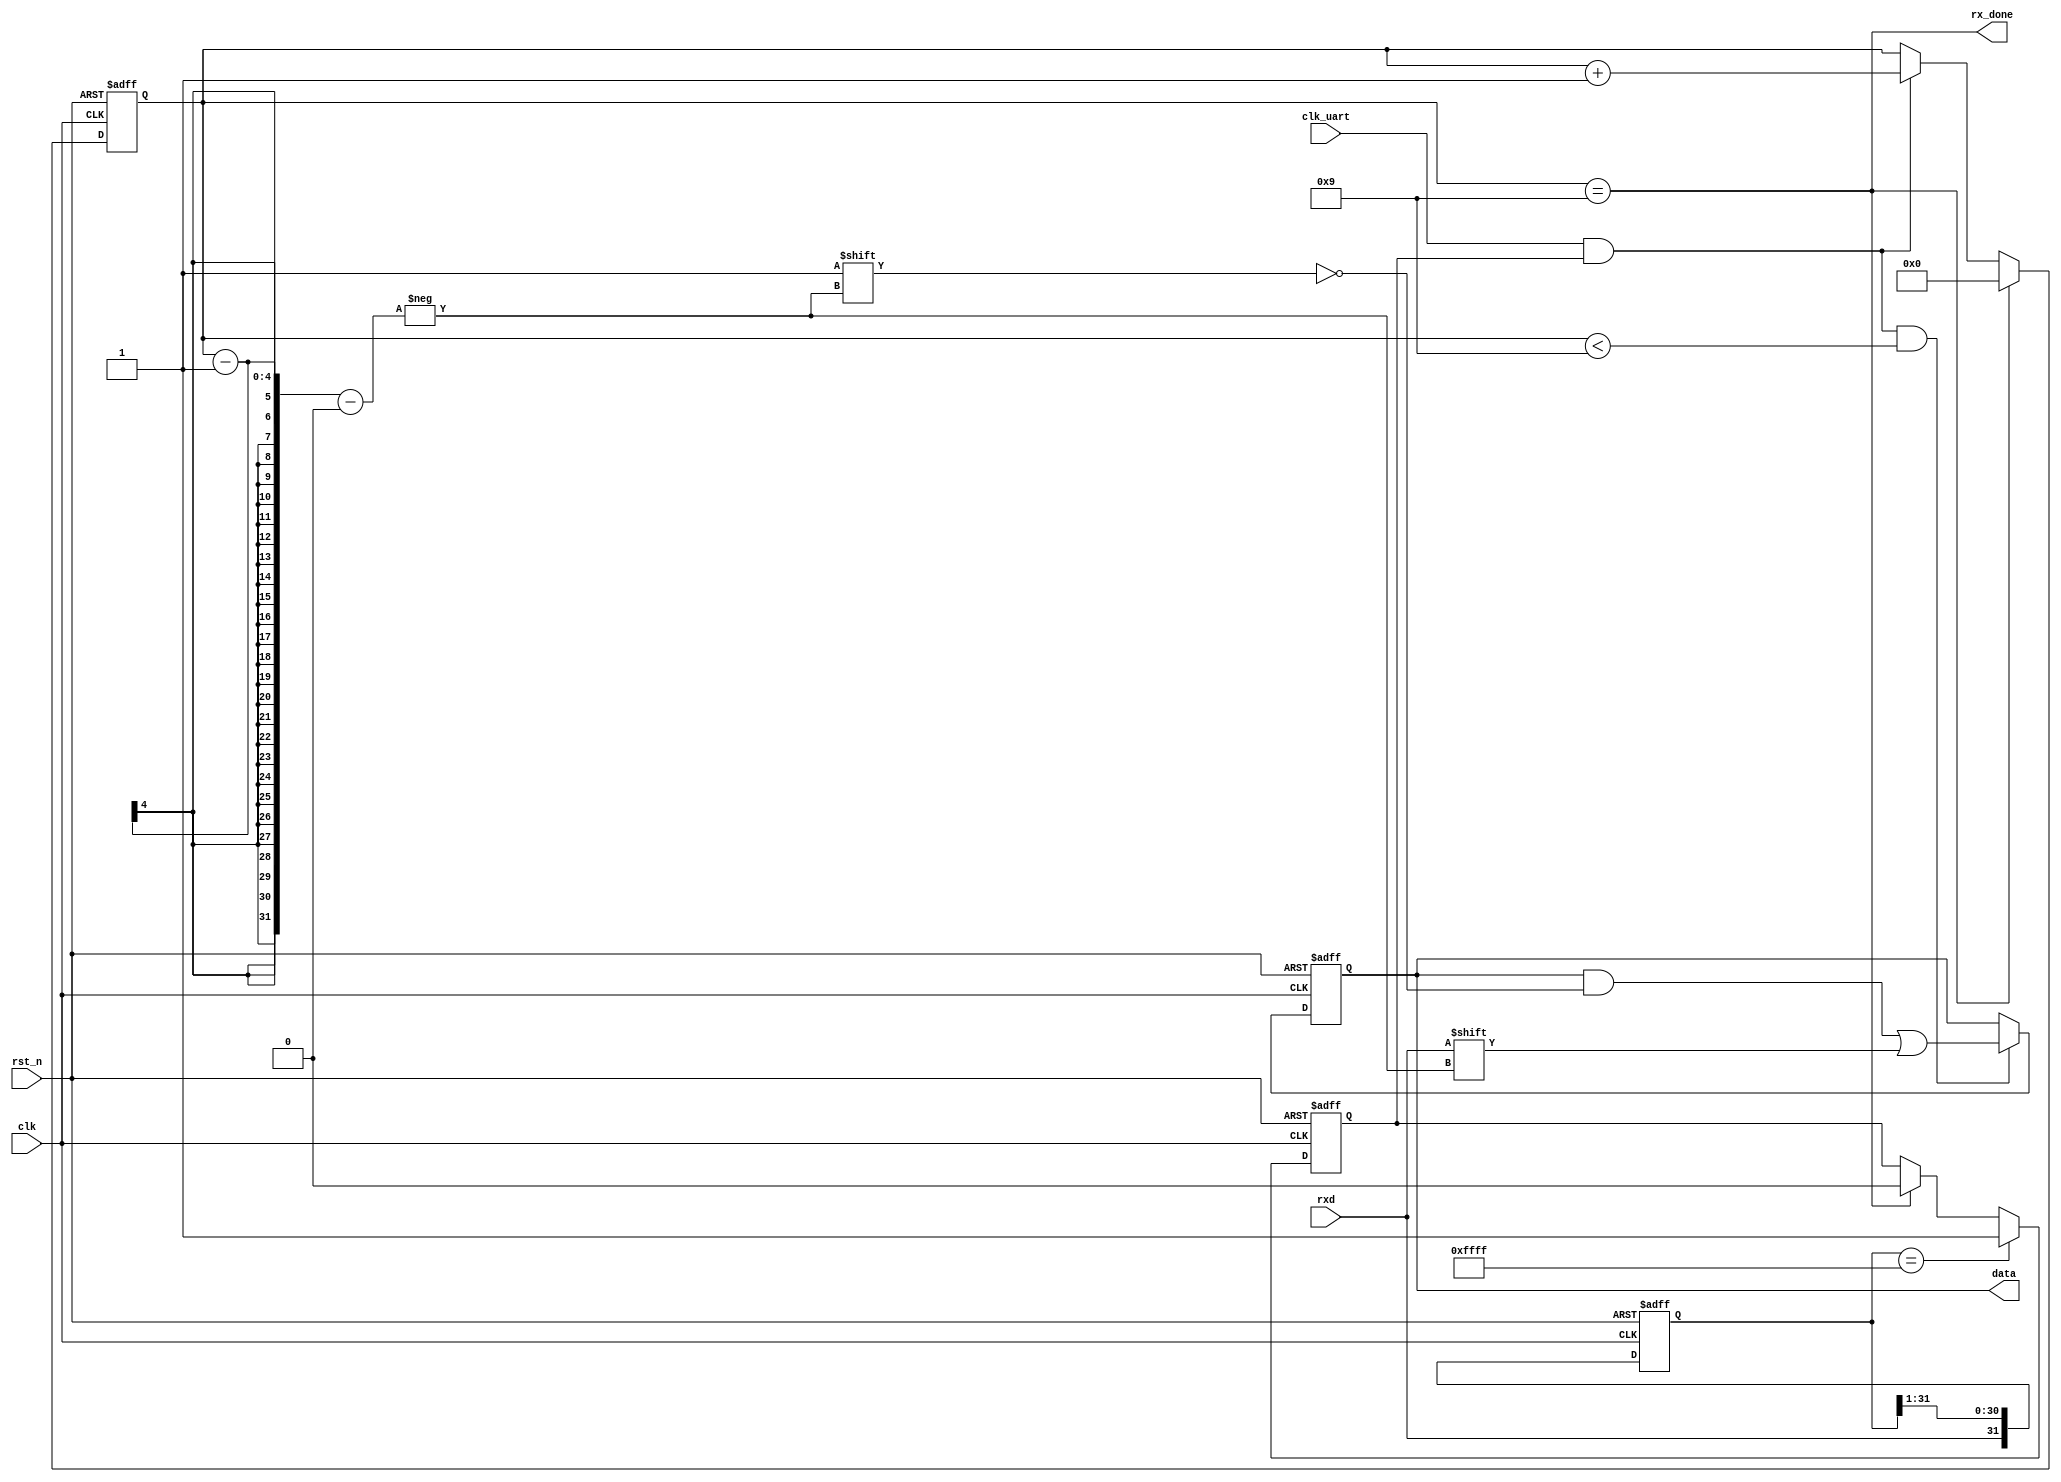
module UartRx(
    input               clk,            // FPGA clock
    input               clk_uart,       // UART clock
    input               rst_n,          // reset
    input               rxd,            // rx data
    output [7 : 0]      data,           // received data
    output              rx_done         // receive successfully
);

// using shift reg to change status
reg  [31 : 0] shift_reg;
wire [31 : 0] shift_reg_nxt = {rxd, shift_reg[31 : 1]};
always @ (posedge clk or negedge rst_n) begin
    if (~rst_n) shift_reg <= 32'hffffffff;
    else        shift_reg <= shift_reg_nxt;
end
// sample 16 times to start
wire start = shift_reg == 32'h0000ffff; 

// counter
reg  cnt_en;
reg  [3 : 0] cnt;
wire [3 : 0] cnt_nxt = cnt + 1'b1;
always @ (posedge clk or negedge rst_n) begin
    if (~rst_n) cnt_en <= 1'b0;
    else if (start) cnt_en <= 1'b1;
    else if (cnt == 4'h9) cnt_en <= 1'b0;
end

always @ (posedge clk or negedge rst_n) begin
    if (~rst_n) cnt <= 4'b0;
    else if (cnt == 4'h9) cnt <= 4'b0;
    else if (clk_uart & cnt_en) cnt <= cnt_nxt;
end

// receive data
reg  [7 : 0] data_reg;
always @ (posedge clk or negedge rst_n) begin
    if (~rst_n) data_reg <= 8'b0;
    else if (cnt_en & clk_uart & (cnt < 4'h9)) data_reg[cnt-1] <= rxd;  
end
assign data = data_reg;

assign rx_done = cnt == 4'h9;
// always @ (posedge clk or negedge rst_n) begin
//     if (~rst_n) rx_done <= 1'b0;
//     else if (rx_done0) rx_done <= 1'b1;
// end

endmodule